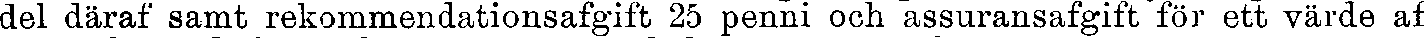
del däraf samt rekommendationsafgift 25 penni och assuransafgift för ett värde af